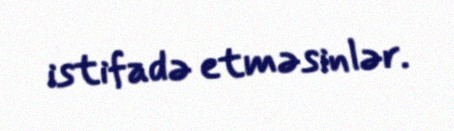
istifadə etməsinlər.